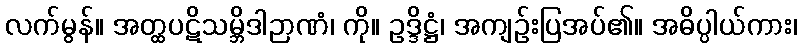
လက်မွန်။ အတ္ထပဋိသမ္ဘိဒါဉာဏံ၊ ကို။ ဥဒ္ဒိဋ္ဌံ၊ အကျဉ်းပြအပ်၏။ အဓိပ္ပါယ်ကား၊